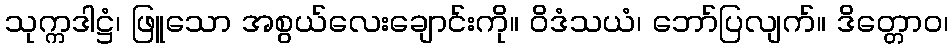
သုက္ကဒါဋ္ဌံ၊ ဖြူသော အစွယ်လေးချောင်းကို။ ဝိဒံသယံ၊ ဘော်ပြလျက်။ ဒိတ္တောဝ၊